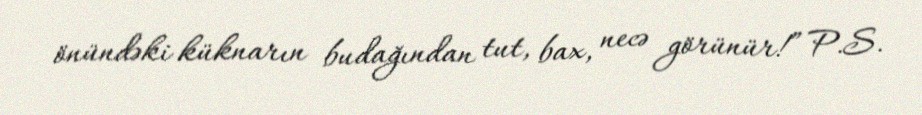
önündəki küknarın budağından tut, bax, necə görünür!” P.S.